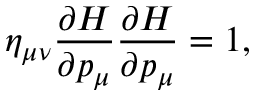
\eta _ { \mu \nu } \frac { \partial { \cal H } } { \partial p _ { \mu } } \frac { \partial { \cal H } } { \partial p _ { \mu } } = 1 ,